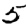
Digit: 5